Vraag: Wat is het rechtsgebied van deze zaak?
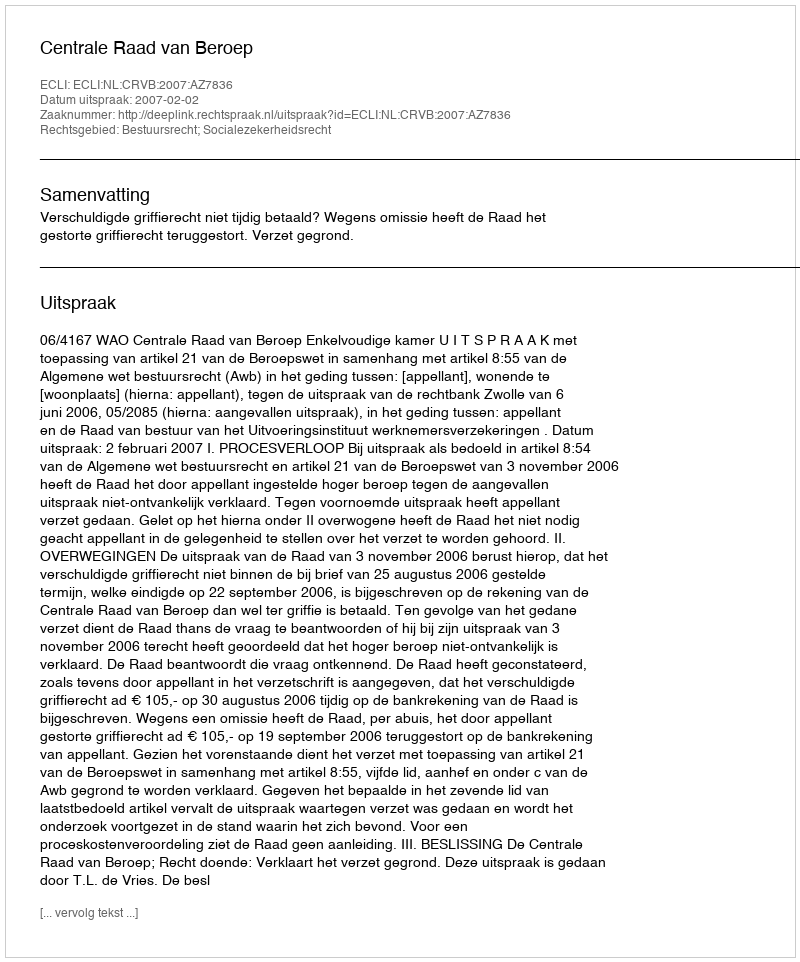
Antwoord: Bestuursrecht; Socialezekerheidsrecht